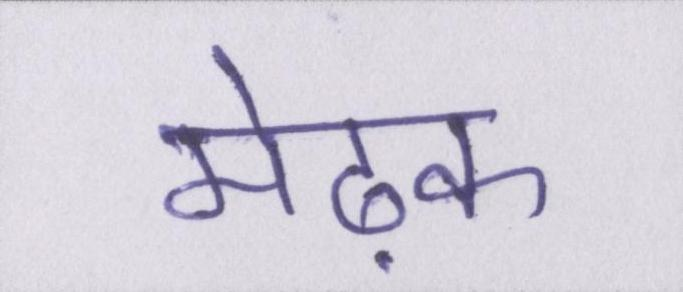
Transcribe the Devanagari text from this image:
मेढ़क